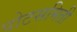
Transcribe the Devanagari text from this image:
पोटसमिती